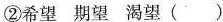
②希望 期望 渴望 ( )